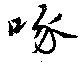
啄